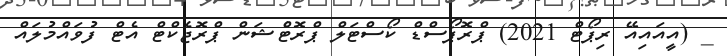
_ (އީއައިއޭ ރިޕޯޓް 2021) ޕްރޮޕޯސްޑް ކޯސްޓަލް ޕްރޮޓެްޝަން ޕްރޮޖެކްޓް އެޓް ފުވައްމުލައް